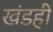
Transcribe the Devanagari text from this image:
खंडही